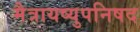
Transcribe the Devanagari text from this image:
मैत्रायष्युपनिषद